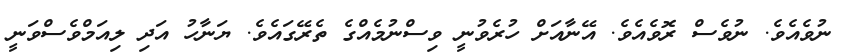
ނުވެއެވެ. ނުވެސް ރޮވެއެވެ. އޭނާއަށް ހުރެވުނީ ވިސްނުމެއްގެ ތެރޭގައެވެ. ޔަނާހު އަދި ލިއަމްވެސްވަނީ